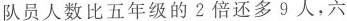
队员人数比五年级的2倍还多9人，六